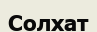
Солхат